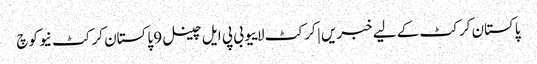
پاکستان کرکٹ کے لیے خبریں | کرکٹ لاییو بی پی ایل چینل 9 پاکستان کرکٹ نیو کوچ